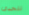
تتحدى